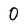
Character: 0